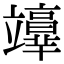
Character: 𥫉